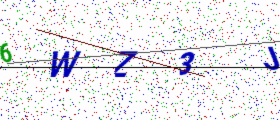
Text: 6WZ3J